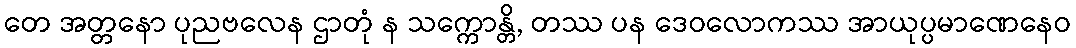
တေ အတ္တနော ပုညဗလေန ဌာတုံ န သက္ကောန္တိ, တဿ ပန ဒေဝလောကဿ အာယုပ္ပမာဏေနေဝ